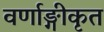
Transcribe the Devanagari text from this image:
वर्णाङ्गीकृत